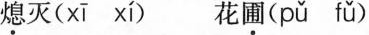
熄灭( xī xí ) 花圃( pǔ fǔ )